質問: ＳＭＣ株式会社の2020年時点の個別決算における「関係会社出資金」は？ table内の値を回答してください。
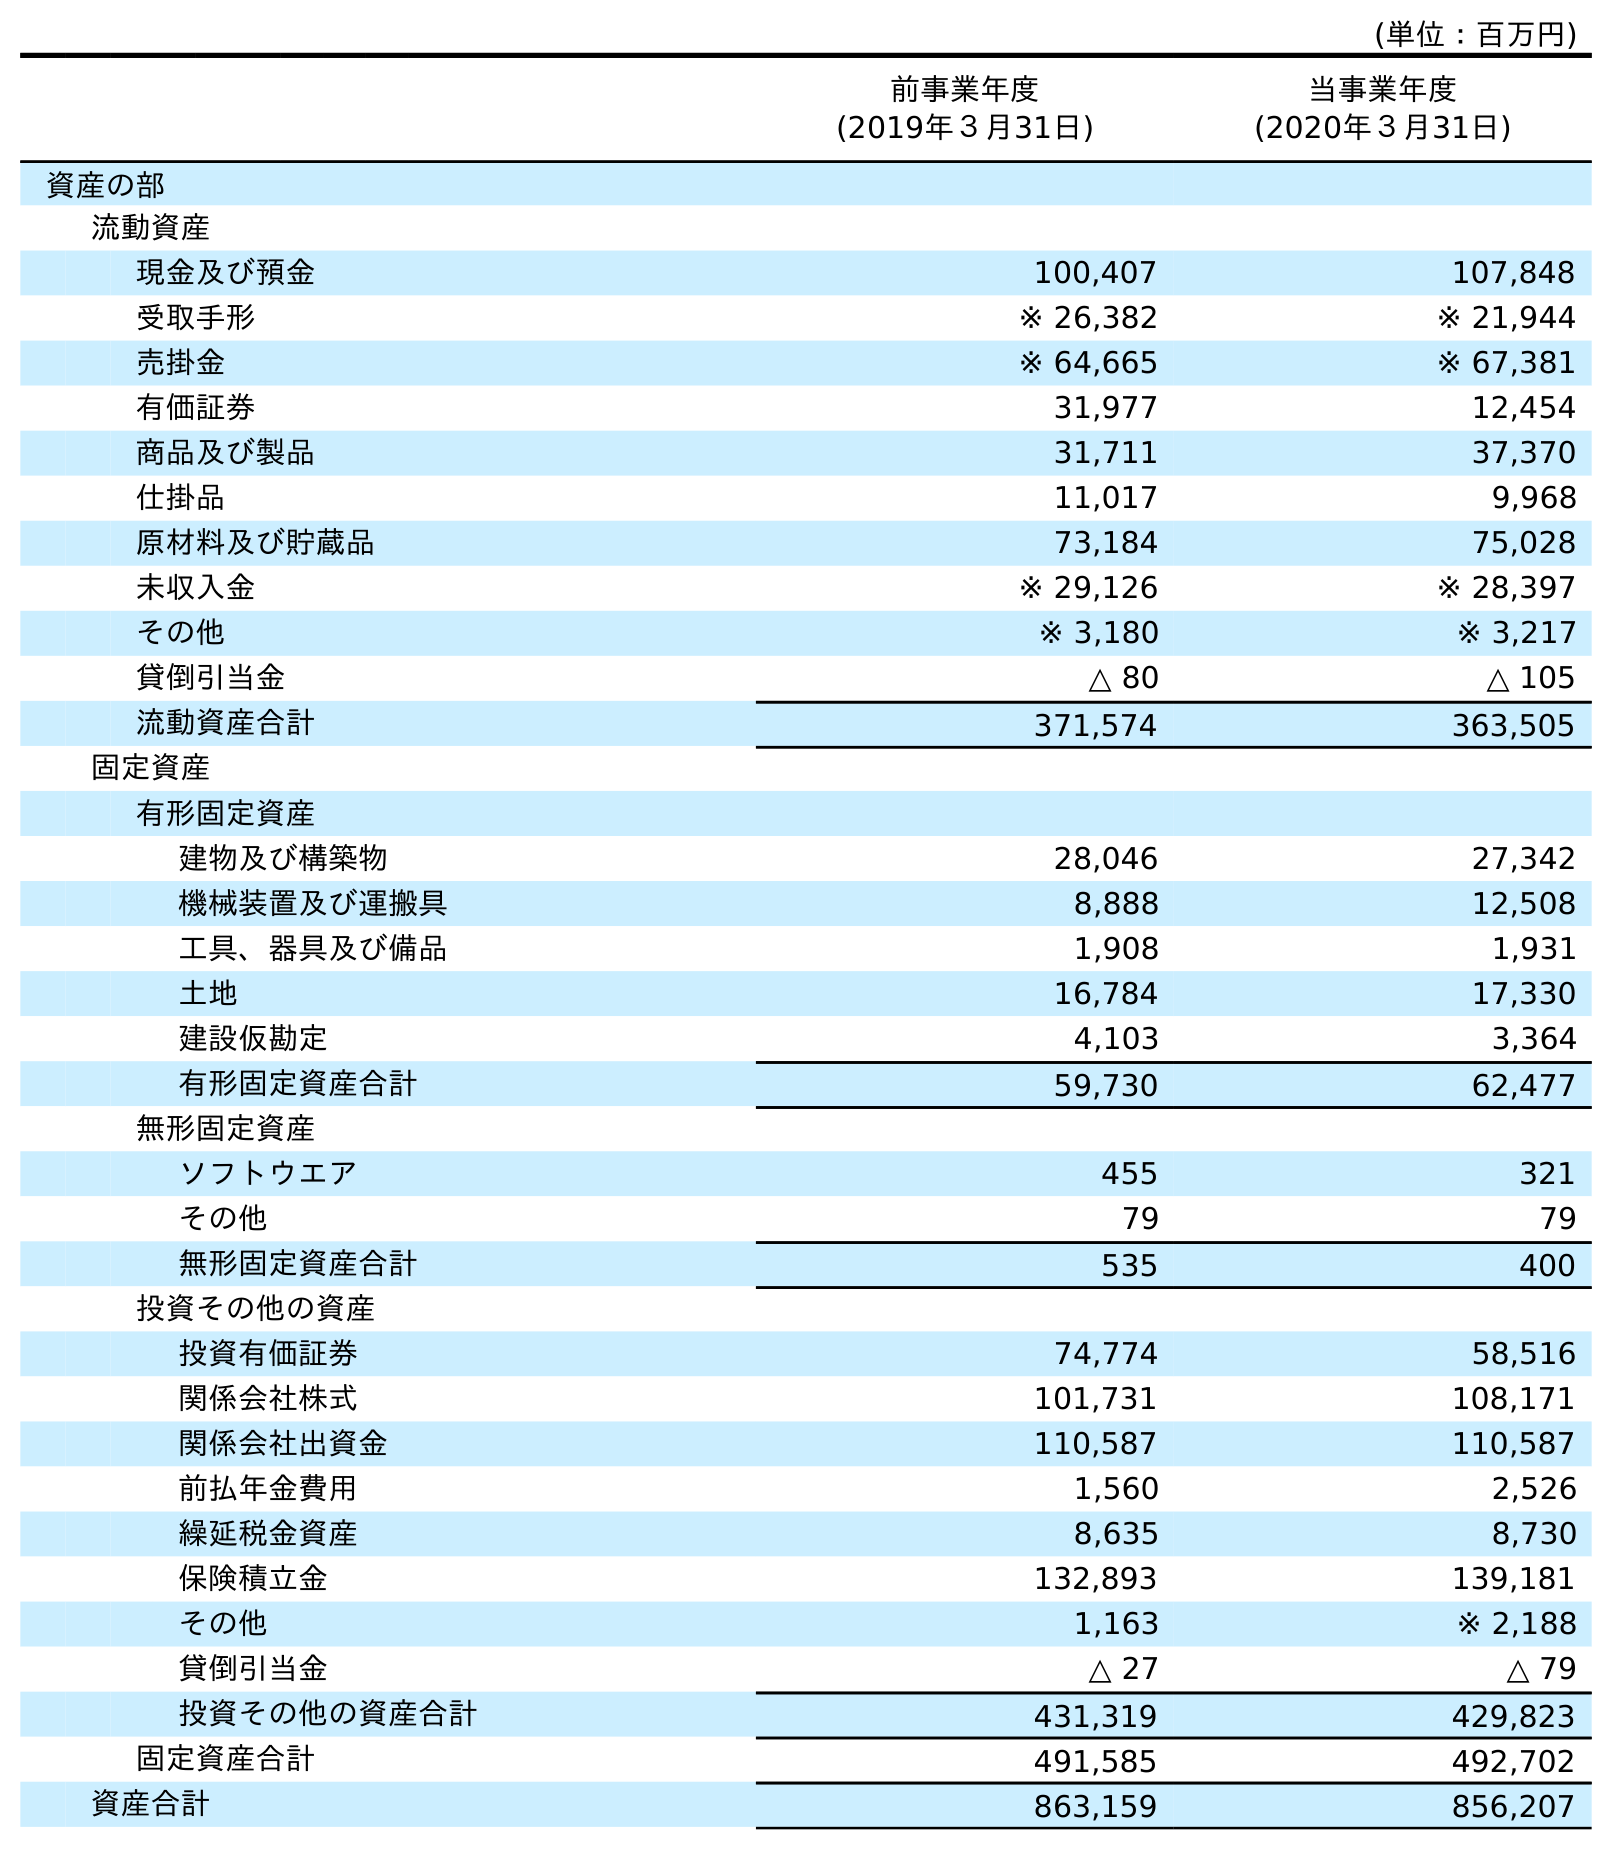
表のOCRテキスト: (単位：百万円) 前事業年度 (2019年３月31日) 当事業年度 (2020年３月31日) 資産の部 流動資産 現金及び預金 100,407 107,848 受取手形 ※ 26,382 ※ 21,944 売掛金 ※ 64,665 ※ 67,381 有価証券 31,977 12,454 商品及び製品 31,711 37,370 仕掛品 11,017 9,968 原材料及び貯蔵品 73,184 75,028 未収入金 ※ 29,126 ※ 28,397 その他 ※ 3,180 ※ 3,217 貸倒引当金 △ 80 △ 105 流動資産合計 371,574 363,505 固定資産 有形固定資産 建物及び構築物 28,046 27,342 機械装置及び運搬具 8,888 12,508 工具、器具及び備品 1,908 1,931 土地 16,784 17,330 建設仮勘定 4,103 3,364 有形固定資産合計 59,730 62,477 無形固定資産 ソフトウエア 455 321 その他 79 79 無形固定資産合計 535 400 投資その他の資産 投資有価証券 74,774 58,516 関係会社株式 101,731 108,171 関係会社出資金 110,587 110,587 前払年金費用 1,560 2,526 繰延税金資産 8,635 8,730 保険積立金 132,893 139,181 その他 1,163 ※ 2,188 貸倒引当金 △ 27 △ 79 投資その他の資産合計 431,319 429,823 固定資産合計 491,585 492,702 資産合計 863,159 856,207
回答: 110,587